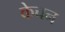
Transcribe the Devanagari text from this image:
केचन